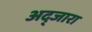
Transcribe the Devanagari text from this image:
अद्जारा